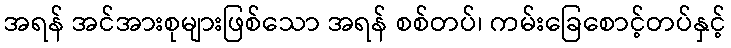
အရန် အင်အားစုများဖြစ်သော အရန် စစ်တပ်၊ ကမ်းခြေစောင့်တပ်နှင့်